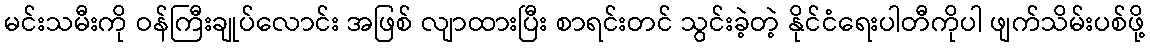
မင်းသမီးကို ဝန်ကြီးချုပ်လောင်း အဖြစ် လျာထားပြီး စာရင်းတင် သွင်းခဲ့တဲ့ နိုင်ငံရေးပါတီကိုပါ ဖျက်သိမ်းပစ်ဖို့